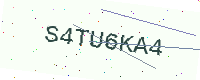
Text: S4TU6KA4